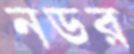
নডর